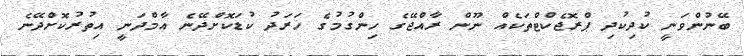
ބޭނުންވަނީ ކުދިކުދި ޕްރޮޖެކްޓްތަކެއް ނޫން ރާއްޖޭގެ ހިންގުމުގެ ޚަރަދު ކުޑަކޮށްދޭނެ އާމްދަނީ އިތުރުކޮށްދޭނެ